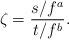
LaTeX: \begin{align*}\zeta = \frac{s/f^a}{t/f^b}. \end{align*}